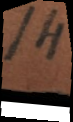
14